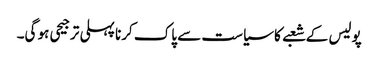
پولیس کے شعبے کا سیاست سے پاک کرنا پہلی ترجیحی ہو گی۔